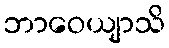
ဘာဝေယျာသိ